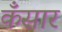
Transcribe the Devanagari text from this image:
कँसार